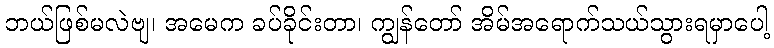
ဘယ်ဖြစ်မလဲဗျ၊ အမေက ခပ်ခိုင်းတာ၊ ကျွန်တော် အိမ်အရောက်သယ်သွားရမှာပေါ့